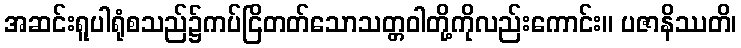
အဆင်းရူပါရုံစသည်၌ကပ်ငြိတတ်သောသတ္တဝါတို့ကိုလည်းကောင်း။ ပဇာနိဿတိ၊